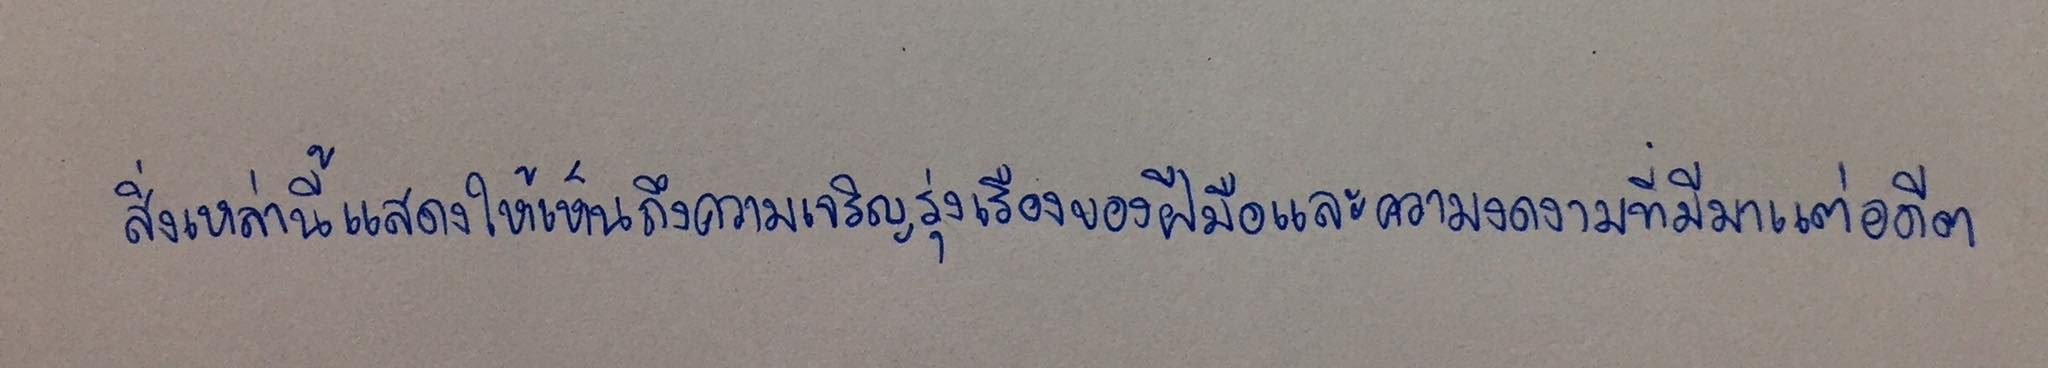
สิ่งเหล่านี้แสดงให้เห็นถึงความเจริญรุ่งเรืองของฝีมือและความงดงามที่มีมาแต่อดีต